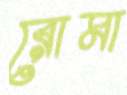
রোমা